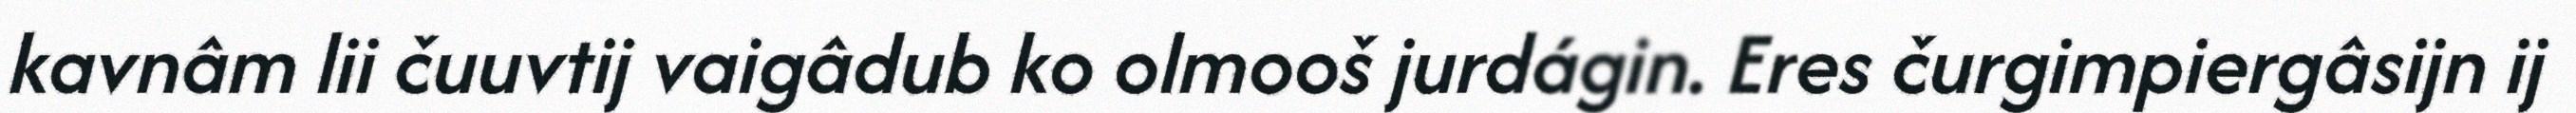
kavnâm lii čuuvtij vaigâdub ko olmooš jurdágin. Eres čurgimpiergâsijn ij